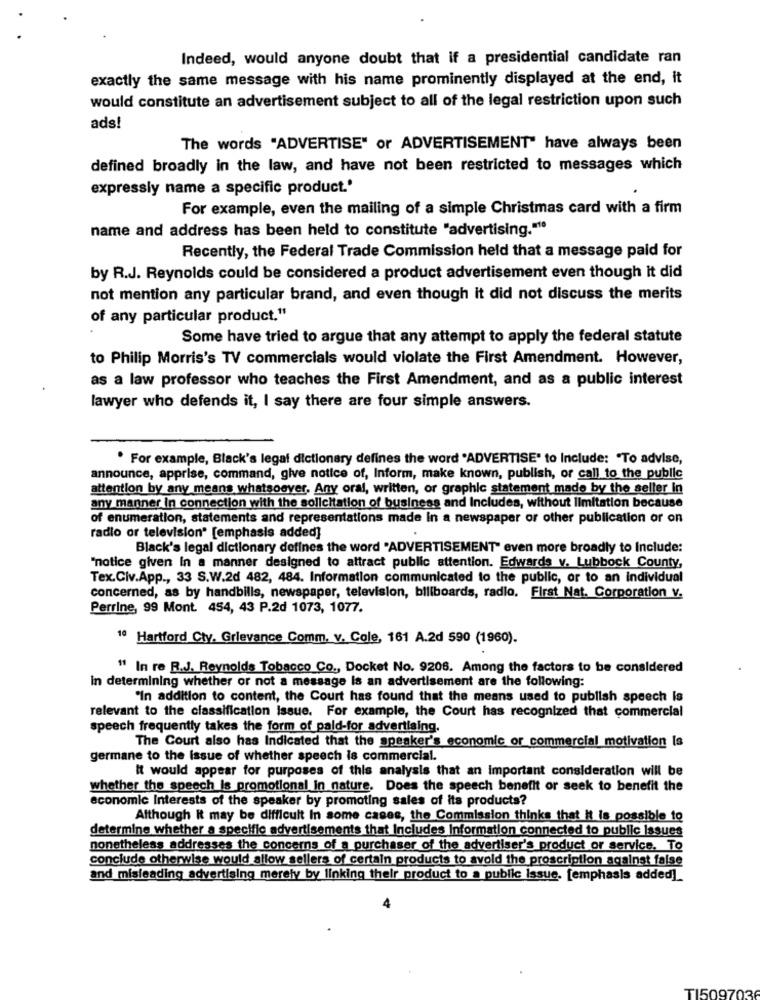
Indeed, would anyone doubt that if a presidential candidate ran
exactly the same message with his name prominently displayed at the end, it
would constitute an advertisement subject to all of the legal restriction upon such
ads!
The words "ADVERTISE" or ADVERTISEMENT" have always been
defined broadly in the law, and have not been restricted to messages which
expressly name a specific product.'
For example, even the mailing of a simple Christmas card with a firm
name and address has been held to constitute "advertising.""
Recently, the Federal Trade Commission held that a message paid for
by R.J. Reynolds could be considered a product advertisement even though it did
not mention any particular brand, and even though it did not discuss the merits
of any particular product."
Some have tried to argue that any attempt to apply the federal statute
to Philip Morris's TV commercials would violate the First Amendment. However,
as a law professor who teaches the First Amendment, and as a public interest
lawyer who defends it, I say there are four simple answers.
. For example, Black's legal dictionary defines the word "ADVERTISE" to Include: "To advise,
announce, apprise, command, give notice of, Inform, make known, publish, or call to the public
attention by any means whatsoever. Any oral, written, or graphic statement made by the seller in
any manner in connection with the solicitation of business and Includes, without limitation because
of enumeration, statements and representations made In a newspaper or other publication or on
radio or television" [emphasis added]
Black's legal dictionary defines the word "ADVERTISEMENT" even more broadly to Include:
"notice given In a manner designed to attract public attention. Edwards v. Lubbock County,
Tex.Civ.App ., 33 S.W.2d 482, 484. Information communicated to the public, or to an individual
concerned, as by handbills, newspaper, television, billboards, radio, First Nat. Corporation v.
Perrine, 99 Mont. 454, 43 P.2d 1073, 1077.
1º Hartford Cty. Grievance Comm. v. Cole, 161 A.2d 590 (1960).
" In re R.J. Reynolds Tobacco Co ., Docket No. 9208. Among the factors to be considered
in determining whether or not a message is an advertisement are the following:
"In addition to content, the Court has found that the means used to publish speech Is
relevant to the classification Issue. For example, the Court has recognized that commercial
speech frequently takes the form of pald-for advertising.
The Court also has Indicated that the speaker's economic or commercial motivation Is
germane to the Issue of whether speech is commercial.
It would appear for purposes of this analysis that an important consideration will be
whether the speech is promotional in nature. Does the speech benefit or seek to benefit the
economic Interests of the speaker by promoting sales of its products?
Although it may be difficult In some cases, the Commission thinks that it is possible to
determine whether a specific advertisements that Includes Information connected to public issues
nonetheless addresses the concerns of a purchaser of the advertiser's product or service. To
conclude otherwise would allow sellers of certain products to avoid the proscription against false
and misleading advertising merely by linking their product to a public issue. [emphasis added]
TI5097036